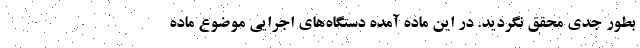
بطور جدی محقق نگردید. در این ماده آمده دستگاه‌های اجرایی موضوع ماده